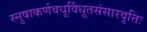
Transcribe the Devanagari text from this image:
स्नुषाकर्णवधूर्विधूतसंसारवृत्तिः